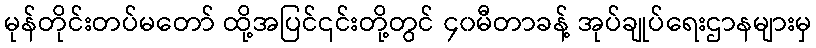
မုန်တိုင်းတပ်မတော် ထို့အပြင်၎င်းတို့တွင် ၄၀မီတာခန့် အုပ်ချုပ်ရေးဌာနများမှ